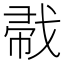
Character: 𱟜